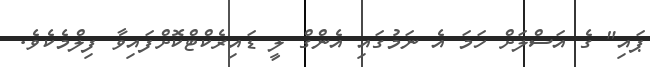
ޕައި" ގެ އަސްލަށް ހަމަ އެ ނަމުގައި އެންގް ލީ ޑައިރެކްޓްކޮށްފައިވާ ފިލްމެކެވެ.